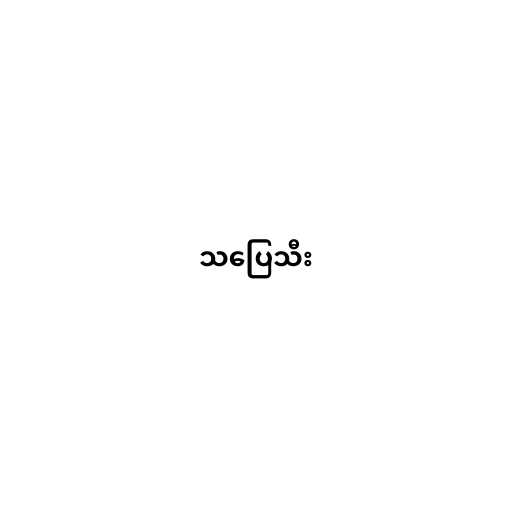
သပြေသီး